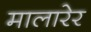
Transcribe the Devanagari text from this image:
मालारेर